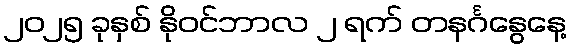
၂၀၂၅ ခုနှစ် နိုဝင်ဘာလ ၂ ရက် တနင်္ဂနွေနေ့